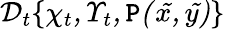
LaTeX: \cal{D}_{t}\{ \chi_{t},\Upsilon_{t},\mathtt{P}(\tilde{{x}},\tilde{{y}})\}